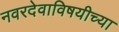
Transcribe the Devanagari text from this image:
नवरदेवाविषयीच्या